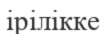
ірілікке